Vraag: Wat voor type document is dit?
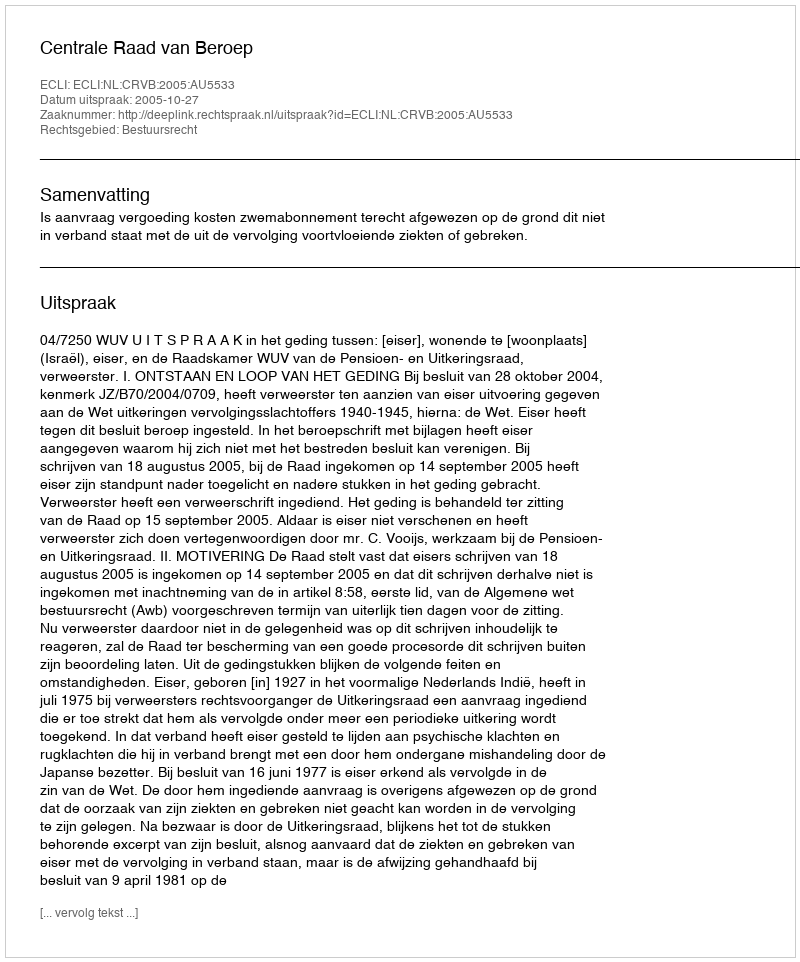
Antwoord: Uitspraak